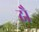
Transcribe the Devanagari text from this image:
ढौ